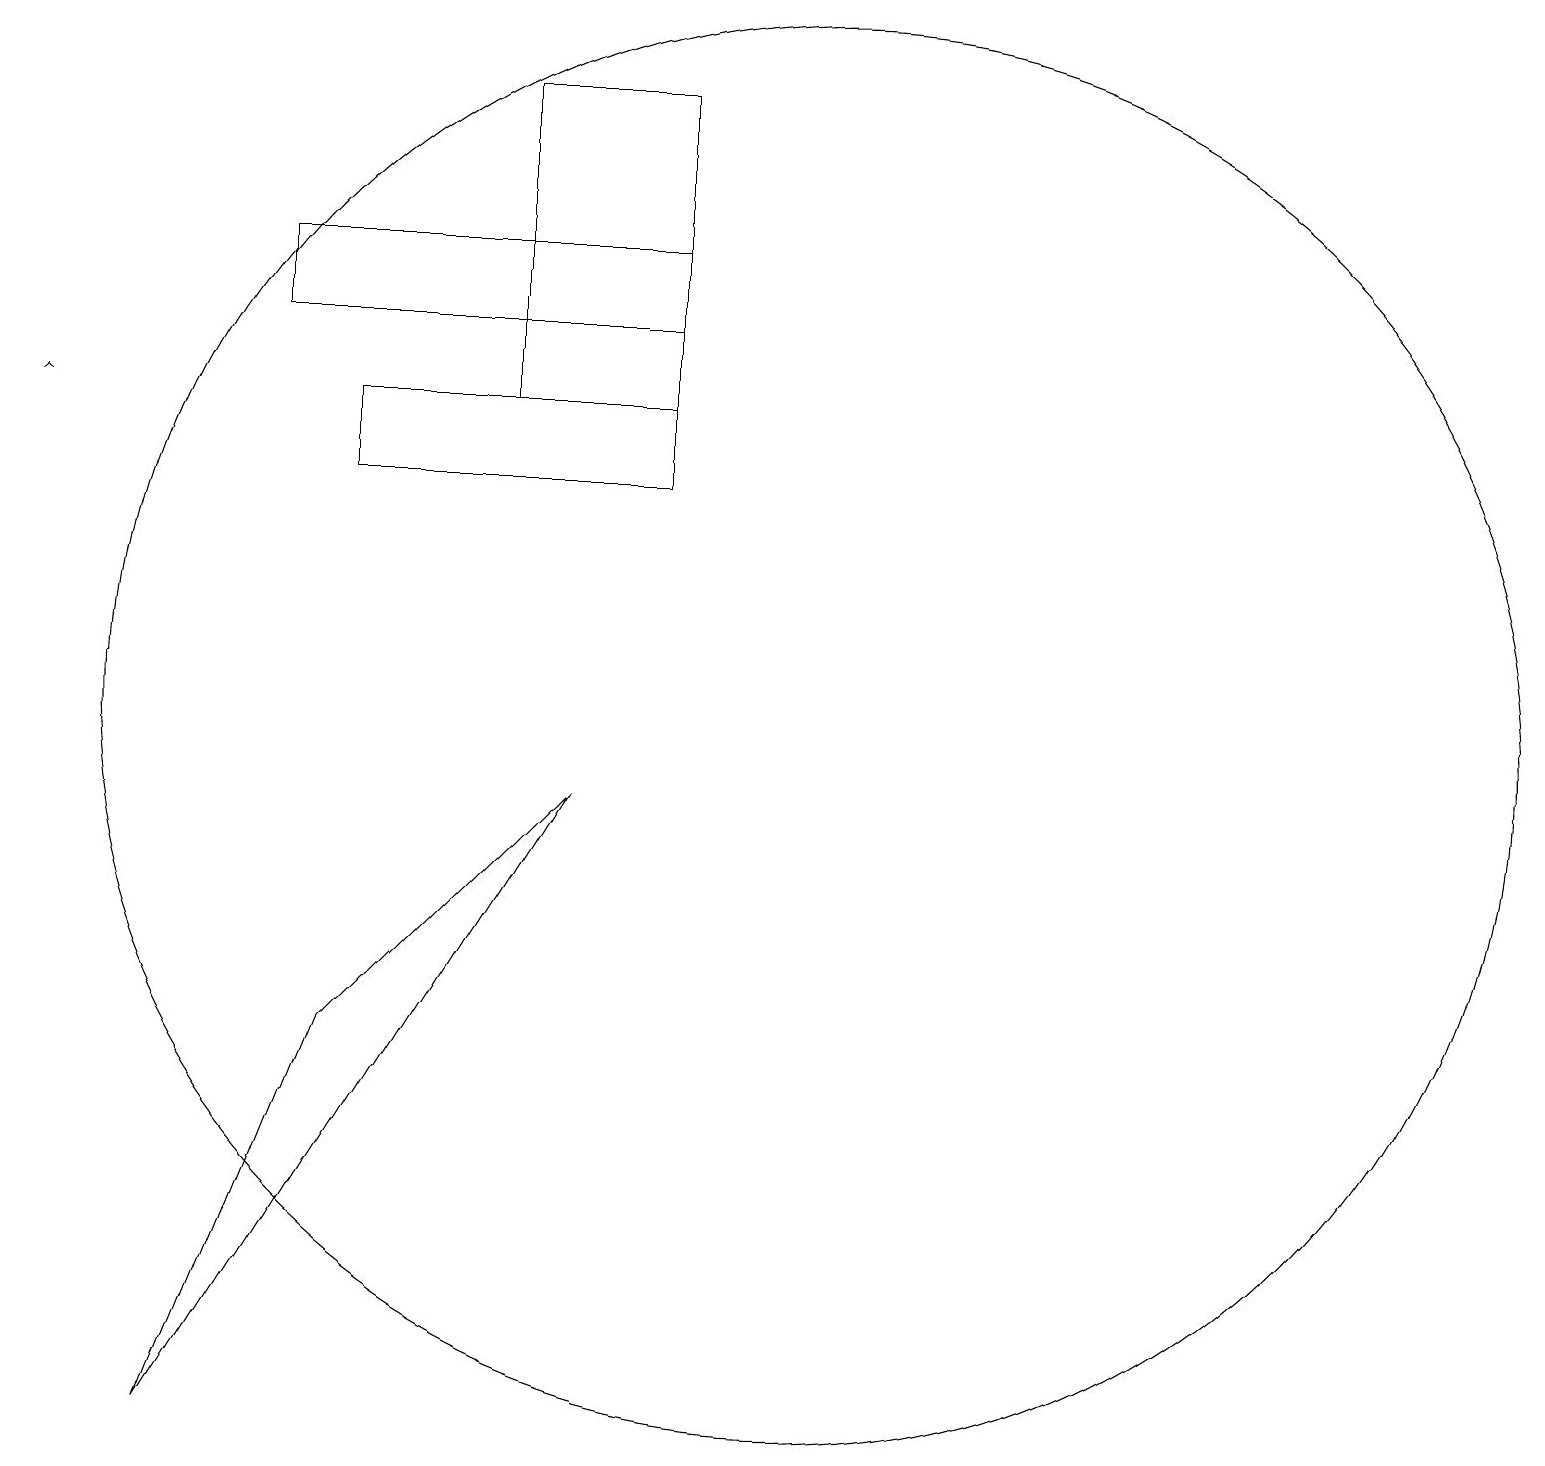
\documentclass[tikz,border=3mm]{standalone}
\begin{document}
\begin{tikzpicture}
\draw (9,18) rectangle (7,14);
\draw (10,11) circle (0);
\draw[->] (1,14) -- (1,14);
\draw (5,13) rectangle (9,14);
\draw (4,16) rectangle (9,15);
\draw (5,6) -- (3,1) -- (8,9) -- cycle;
\draw (11,10) circle (9);
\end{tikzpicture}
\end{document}